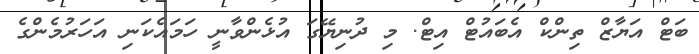
ބަޓް އަޔާޒް ތިންކް އެބައުޓް އިޓް. މި ދުނިޔޭގަ އުޅެންވާނީ ހަމައެކަނި އަހަރުމެންގެ